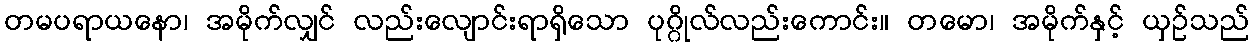
တမပရာယနော၊ အမိုက်လျှင် လည်းလျောင်းရာရှိသော ပုဂ္ဂိုလ်လည်းကောင်း။ တမော၊ အမိုက်နှင့် ယှဉ်သည်